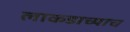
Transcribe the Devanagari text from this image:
लाकडाच्याच